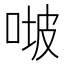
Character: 𠶊